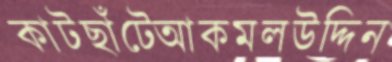
কাটছাঁটেআকমলউদ্দিন